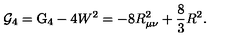
{ \cal G } _ { 4 } = \mathrm { G } _ { 4 } - 4 W ^ { 2 } = - 8 R _ { \mu \nu } ^ { 2 } + \frac { 8 } { 3 } R ^ { 2 } .